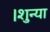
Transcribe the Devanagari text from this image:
।शुन्या